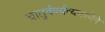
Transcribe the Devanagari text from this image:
चातुर्वर्ण्यव्यवस्थेने